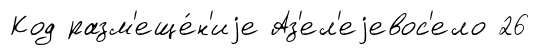
Код разм'еще́н'иjе Аз'ел'еjевос'ело 26